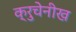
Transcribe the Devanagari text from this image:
क्रुचेनीख